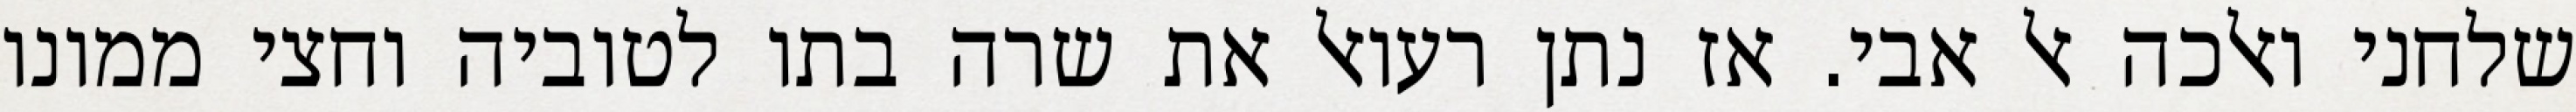
שלחני ואלכה אל אבי. אז נתן רעואל את שרה בתו לטוביה וחצי ממונו